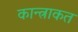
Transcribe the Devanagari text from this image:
कान्त्राकत